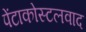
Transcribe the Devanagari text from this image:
पेंटाकोस्टलवाद